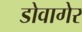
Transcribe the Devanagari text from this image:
डोवागेर